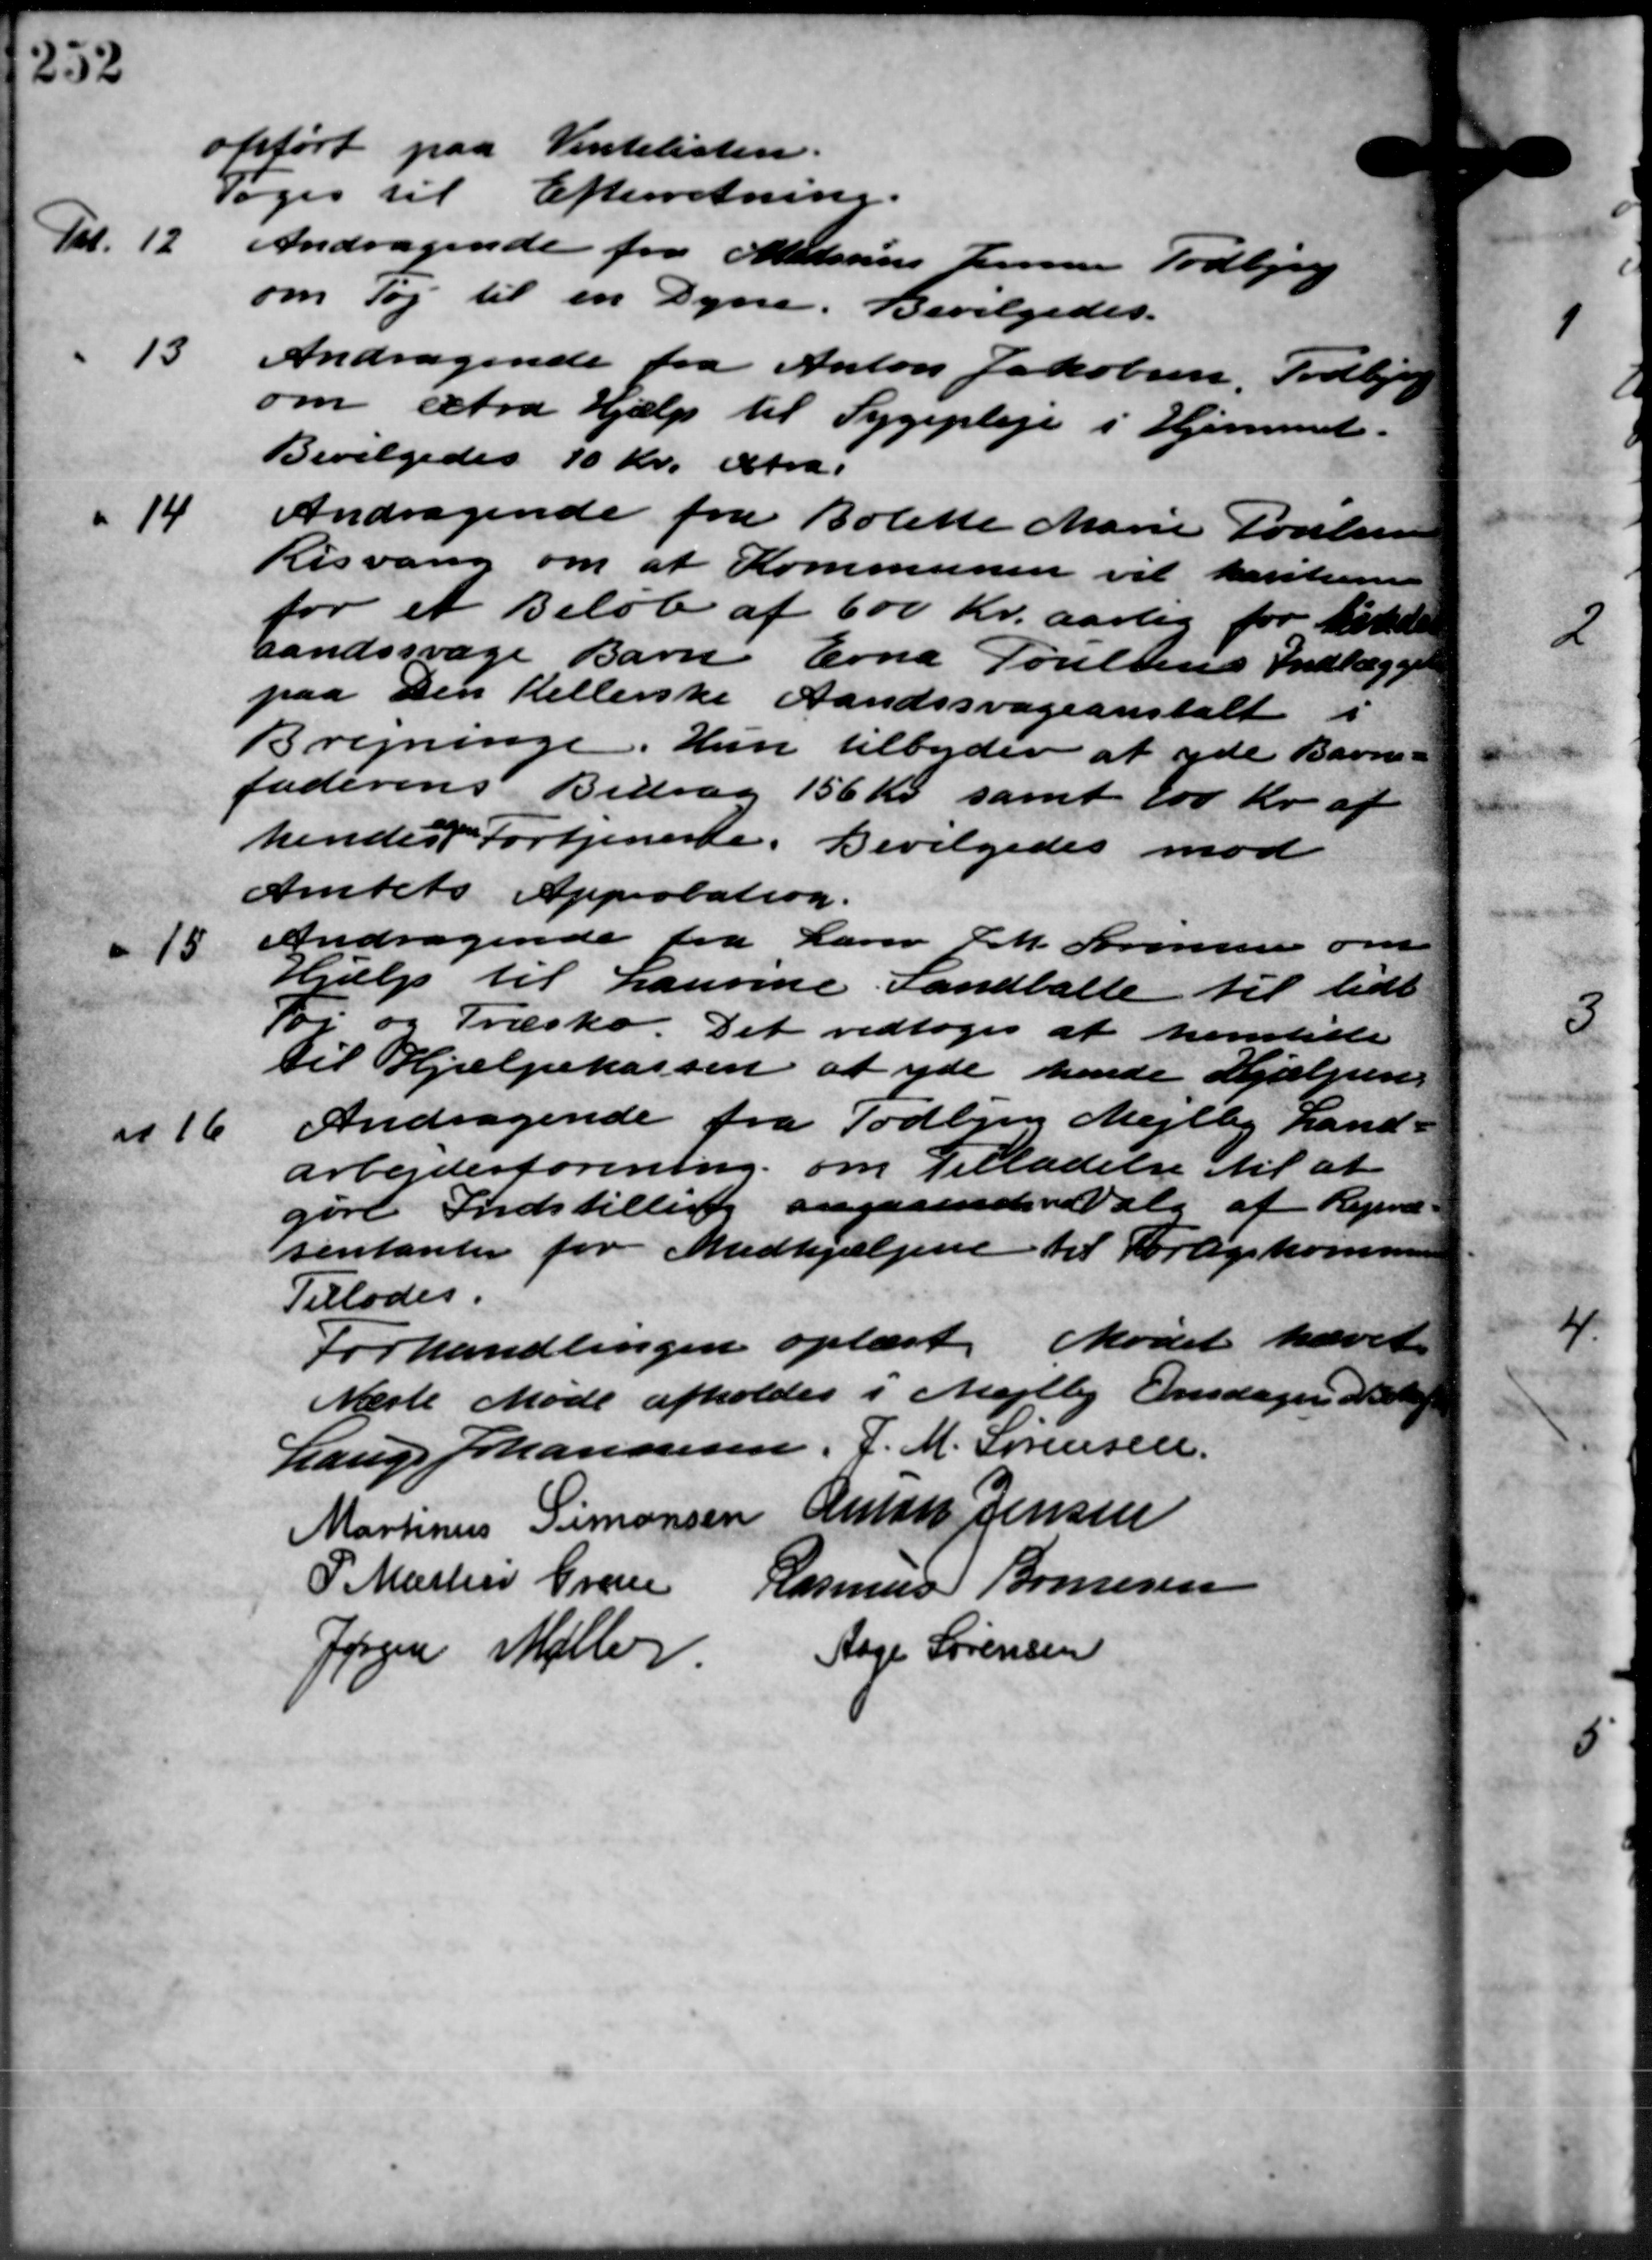
Transskription:
opført paa Vintelisten.
Toges til Efterretning.
Kl. 12
Andragende fra Madsens Jensen Todbjerg
om Tøj til en Dyne. Bevilgedes.
13
Andragende fra Anton Jakobsen, Todbjerg
om extra Hjælp til Sygepleje i Hjemmet.
Bevilgedes 10 Kr. extra.
14
Andragende fra Bolette Marie Poulsen
Risvang om at Kommunen vil kasitione
or et Beløb af 600 Kr. aarlig for hende
aandssvage Barn Erna Poulsens Indlægge
paa Den Kellerske Aandssvageanstalt
Bregninge. Hun tilbyder at yde Barne-
faderens Bidrag 156 Kr. samt 200 Kr. af
hendes Fortjeneste. Bevilgedes mod
Amtets Approbation.
" 15
Andragende fra Lærer Joh. Sørensen om
Hjælp til Laurine Landballe til lidt
Tøj og Træsko. Det vedtoges at henstille
til Hjælpekassen at yde hende Hjælpen.
Andragende fra Todbjerg Mejlby Land-
arbejderforening om Tilladelse til at
rt Indstilling angaaende Valg af Repræ-
sentanter for Medhjælpen til Forligskommiss
Tillades.
Forhandlingen oplæst. Mødet hævet
Næste Møde afholdes i Mejlby Onsdager de Maj
Lauge Johannesen, J. M. Sørensen.
Martinus Simonsen Anton Jensen
P. Martin Gren Rasmus Bonnesen
Aage Sørensen
Jørgen Møller
at 16